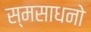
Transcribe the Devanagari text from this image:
स्मसाधनो